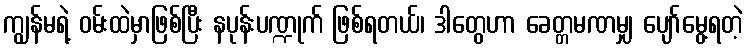
ကျွန်မရဲ့ ဝမ်းထဲမှာဖြစ်ပြီး နပုန်းပဏ္ဍုက် ဖြစ်ရတယ်၊ ဒါတွေဟာ ခေတ္တမဏမျှ ပျော်မွေ့ရတဲ့